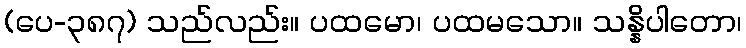
(ပေ-၃၈၇) သည်လည်း။ ပထမော၊ ပထမသော။ သန္နိပါတော၊